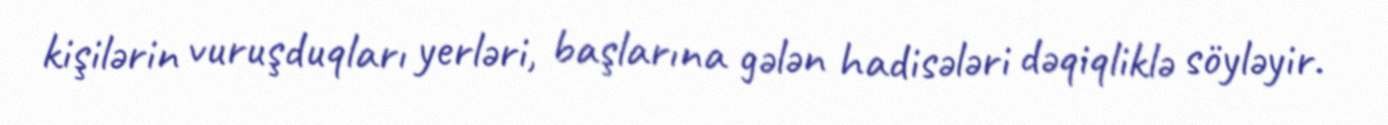
kişilərin vuruşduqları yerləri, başlarına gələn hadisələri dəqiqliklə söyləyir.